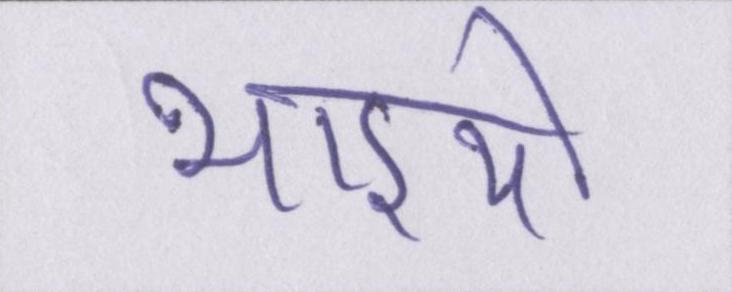
भाइयो